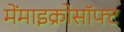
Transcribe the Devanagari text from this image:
मेंमाइक्रोसॉफ्ट